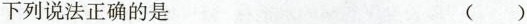
下列说法正确的是 ()